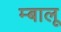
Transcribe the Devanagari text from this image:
म्बालू